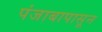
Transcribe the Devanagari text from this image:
पंजाबापासून